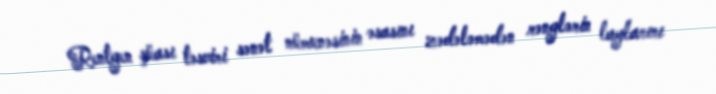
Rentgen şüası təsviri sənət nümunəsinin əsasını zədələmədən rənglərin laylarını